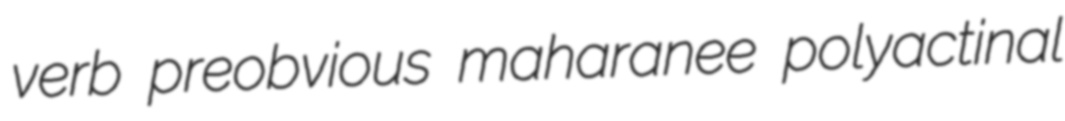
verb preobvious maharanee polyactinal